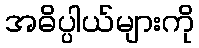
အဓိပ္ပါယ်များကို